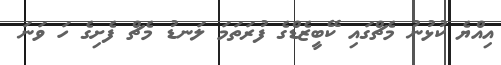
އިއްޔެ ކުޅުނު މެޗްގައި ކޭބީޒެޑްގެ ފުރަތަމަ ލަނޑު މެޗް ފެށިގެ ހަ ވަނަ